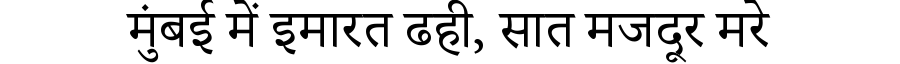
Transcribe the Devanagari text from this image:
मुंबई में इमारत ढही, सात मजदूर मरे